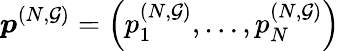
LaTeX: \boldsymbol{p}^{(N,\mathcal{G})}=\left(p_{1}^{(N,\mathcal{G})},\dots,p_{N}^{(N,\mathcal{G})}\right)